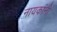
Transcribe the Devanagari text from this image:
नायकांनी